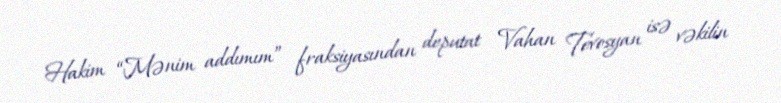
Hakim “Mənim addımım” fraksiyasından deputat Vahan Tevosyan isə vəkilin